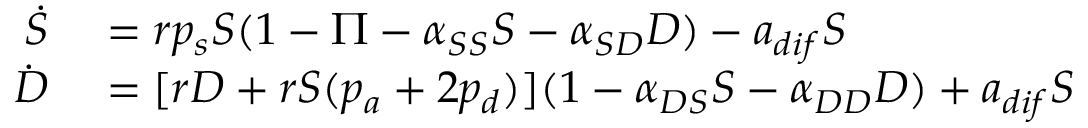
\begin{array} { r l } { \dot { S } } & { { } = r p _ { s } S ( 1 - \Pi - \alpha _ { S S } S - \alpha _ { S D } D ) - a _ { d i f } S } \\ { \dot { D } } & { { } = [ r D + r S ( p _ { a } + 2 p _ { d } ) ] ( 1 - \alpha _ { D S } S - \alpha _ { D D } D ) + a _ { d i f } S } \end{array}